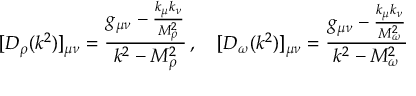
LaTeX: [ D _ { \rho } ( k ^ { 2 } ) ] _ { \mu \nu } = \frac { g _ { \mu \nu } - \frac { k _ { \mu } k _ { \nu } } { M _ { \rho } ^ { 2 } } } { k ^ { 2 } - M _ { \rho } ^ { 2 } } \, , ~ ~ ~ [ D _ { \omega } ( k ^ { 2 } ) ] _ { \mu \nu } = \frac { g _ { \mu \nu } - \frac { k _ { \mu } k _ { \nu } } { M _ { \omega } ^ { 2 } } } { k ^ { 2 } - M _ { \omega } ^ { 2 } }